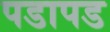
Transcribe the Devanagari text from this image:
पडापड